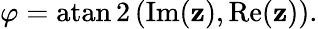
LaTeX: \varphi=\operatorname{atan2}\left(\operatorname{Im}(\mathbf{z}),\operatorname{Re}(\mathbf{z})\right).